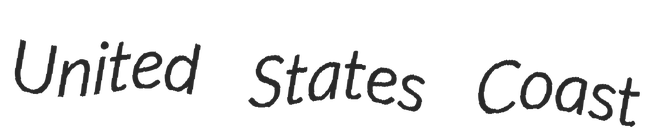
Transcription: United States Coast